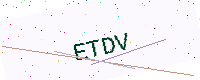
Text: ETDV